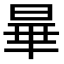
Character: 𬀽